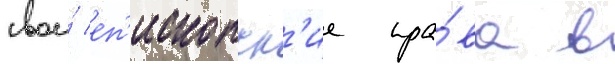
свои́ еп'ископск'ие пра́ва в